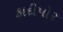
કાદીપોર